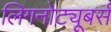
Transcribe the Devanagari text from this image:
लिगनोट्यूबर्स